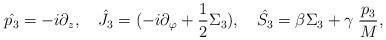
LaTeX: \begin{align*}\hat{p_3} = -i\partial_z, \quad \hat{J_3} = (-i\partial_{\varphi}+{1 \over 2} \Sigma_3), \quad \hat{S_3}=\beta\Sigma_3+\gamma \;{p_3\over M},\end{align*}